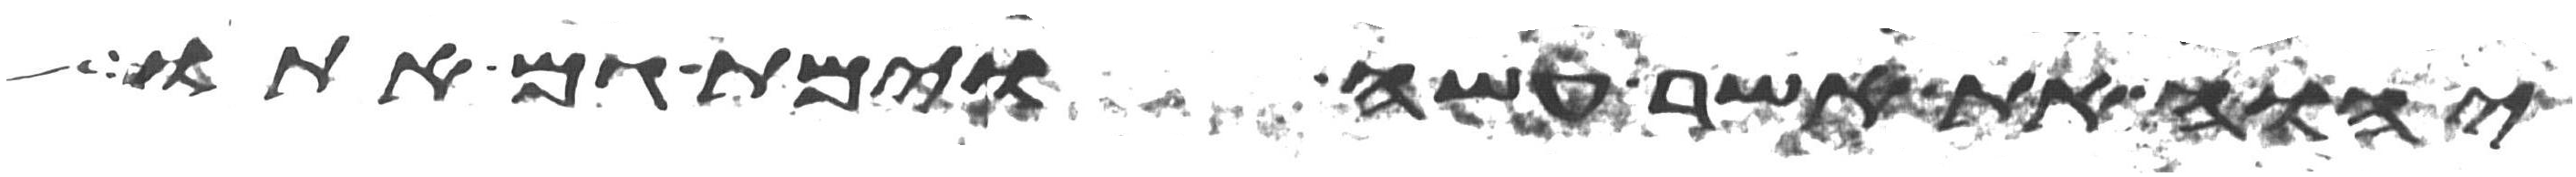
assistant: יהוה את אשר עשה וימת גם אתו